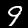
Label: 9